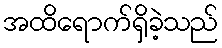
အထိရောက်ရှိခဲ့သည်